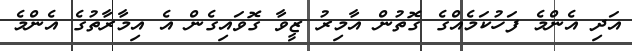
އަދި އެންމެ ފަހުކަމެއްގެ ގޮތުން އާމިރު ޒީވާ ގޮވައިގެން އެ އިމާރާތުގެ އެންމެ